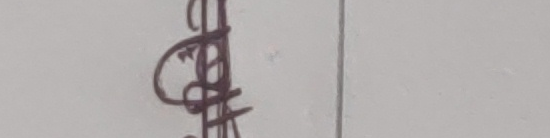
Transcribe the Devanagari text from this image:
चाँडो